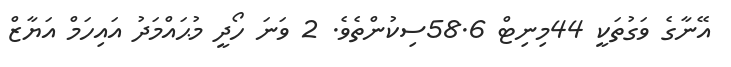
އޭނާގެ ވަގުތަކީ 44މިނިޓް 58.6ސިކުންތެވެ. 2 ވަނަ ހޯދީ މުޙައްމަދު އައިހަމް އަޔާޒް